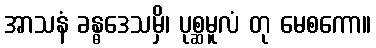
အာသနံ ခန္ဓဒေသမှိ၊ ပုစ္ဆမူလံ တု မေစကော။